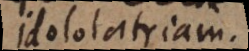
idololatriam.